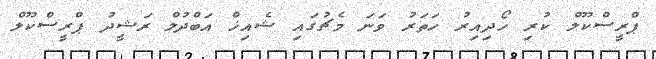
ޕްރީސްކޫލް ކުރި ހޯދިއިރު ހަތަރު ވަނަ މެޗުގައި ޝެއިޚް އަބްދުލް ރަޝީދު ޕްރީސްކޫލް